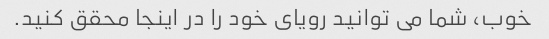
خوب، شما می توانید رویای خود را در اینجا محقق کنید.